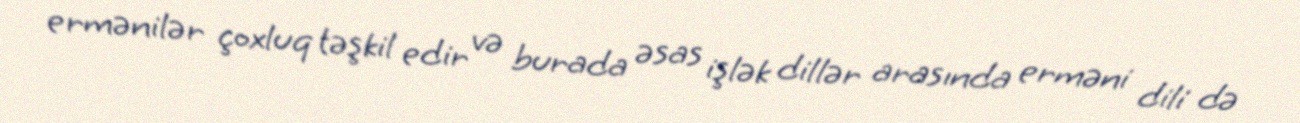
ermənilər çoxluq təşkil edir və burada əsas işlək dillər arasında erməni dili də